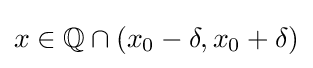
x\in \mathbb {Q} \cap (x_{0}-\delta ,x_{0}+\delta )